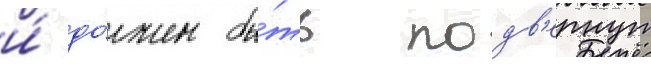
и́ до́лжен бы́ть подв'ернут